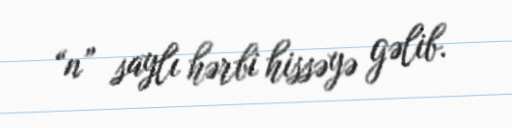
“n” saylı hərbi hissəyə gəlib.